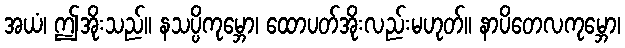
အယံ၊ ဤအိုးသည်။ နသပ္ပိကုမ္ဘော၊ ထောပတ်အိုးလည်းမဟုတ်။ နာပိတေလကုမ္ဘော၊